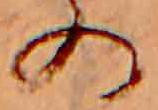
の